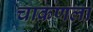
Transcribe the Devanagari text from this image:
चाकणला